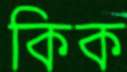
কিক